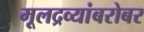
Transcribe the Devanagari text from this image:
मूलद्रव्यांबरोबर